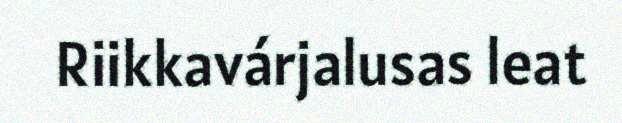
Riikkavárjalusas leat